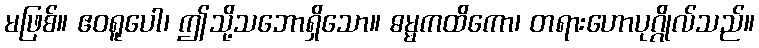
မဖြစ်။ ဧဝရူပေါ၊ ဤသို့သဘောရှိသော။ ဓမ္မကထိကော၊ တရားဟောပုဂ္ဂိုလ်သည်။